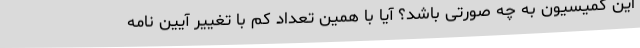
این کمیسیون به چه صورتی باشد؟ آیا با همین تعداد کم با تغییر آیین نامه